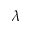
\lambda